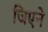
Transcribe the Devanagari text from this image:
जिएने